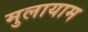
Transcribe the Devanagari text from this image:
मुलायाम